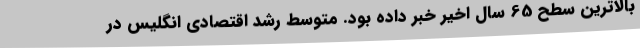
بالاترین سطح 65 سال اخیر خبر داده بود. متوسط رشد اقتصادی انگلیس در